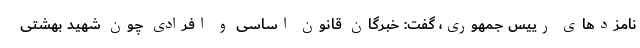
نامزدهای رییس جمهوری، گفت: خبرگان قانون اساسی و افرادی چون شهید بهشتی